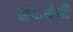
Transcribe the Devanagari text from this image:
डॉ॰बेनी